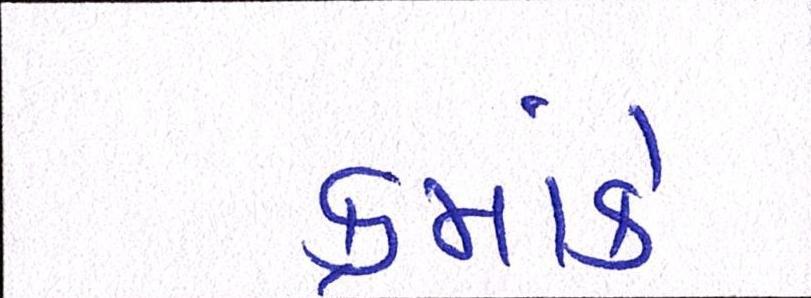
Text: ક્રમાંકે